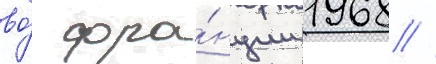
во́ фра́нции 1968 //